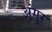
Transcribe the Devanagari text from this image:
अंगुर